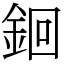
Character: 䤧